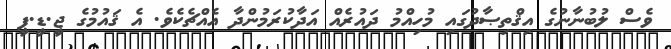
ވެސް ލުބުނާނުގެ އިޤްތިޞާދުގައި މުހިއްމު ދައުރެއް އަދާކުރަމުންދާ އެއްޗެކެވެ. އެ ޤައުމުގެ ޖީ.ޑީ.ޕީ